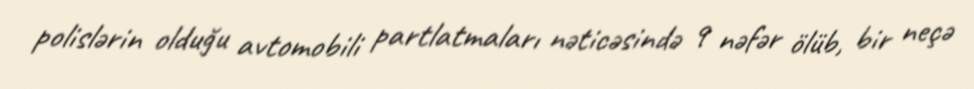
polislərin olduğu avtomobili partlatmaları nəticəsində 9 nəfər ölüb, bir neçə